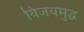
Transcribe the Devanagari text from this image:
विजयमुद्ध